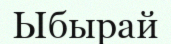
Ыбырай